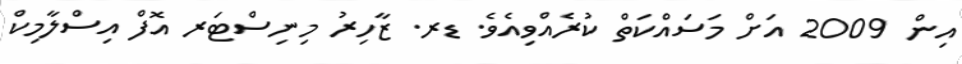
އިން 2009 އަށް މަސައްކަތް ކުރެއްވިއެވެ. ޑރ. ޒާހިރު މިނިސްޓަރ އޮފް އިސްލާމިކް